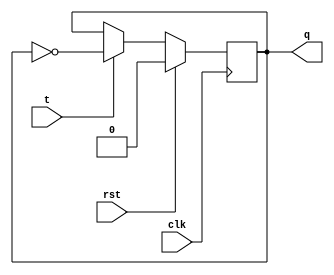
`timescale 1ns / 1ps
//////////////////////////////////////////////////////////////////////////////////
// Company: 
// Engineer: 
// 
// Design Name: 
// Module Name:    tff 
// Project Name: 
// Target Devices: 
// Tool versions: 
// Description: 
//
// Dependencies: 
//
// Revision: 
// Revision 0.01 - File Created
// Additional Comments: 
//
//////////////////////////////////////////////////////////////////////////////////
module tff(
   input t,clk,rst,
	output reg q
    );
always@(negedge clk)
begin

if(rst==1)
begin
q=1'b0;
end

else
    if(t==0)
    begin
    q=q;
    end

    else if(t==1)
    begin
    q=~q;
    end

end


endmodule